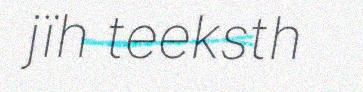
jïh teeksth